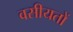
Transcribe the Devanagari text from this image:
वसीयतों